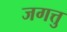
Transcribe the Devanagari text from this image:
जगत्तु